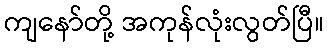
ကျနော်တို့ အကုန်လုံးလွတ်ပြီ။